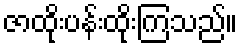
ဇာထိုးပန်းထိုးကြသည်။